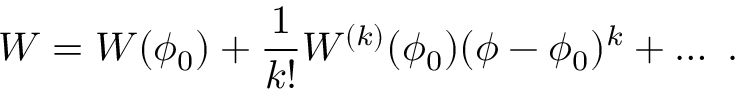
W = W ( \phi _ { 0 } ) + { \frac { 1 } { k ! } } W ^ { ( k ) } ( \phi _ { 0 } ) ( \phi - \phi _ { 0 } ) ^ { k } + \dots ~ .